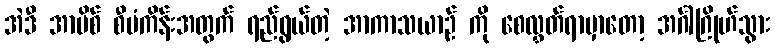
အဲဒီ အာမိစ် စီမံကိန်းအတွက် ရည်ရွယ်တဲ့ အာကာသယာဉ် ကို စေလွှတ်ရာမှာတော့ အင်္ဂါဂြိုဟ်သွား